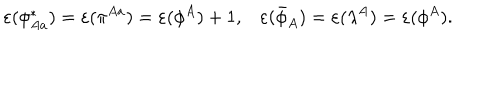
\varepsilon ( \phi _ { A a } ^ { * } ) = \varepsilon ( \pi ^ { A a } ) = \varepsilon ( \phi ^ { A } ) + 1 , \varepsilon ( \bar { \phi } _ { A } ) = \varepsilon ( { \lambda } ^ { A } ) = \varepsilon ( \phi ^ { A } ) .